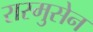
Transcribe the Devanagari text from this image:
रास्मुसेन